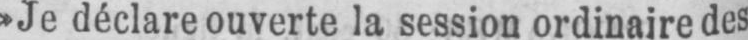
»Je déclare ouverte la session ordinaire des